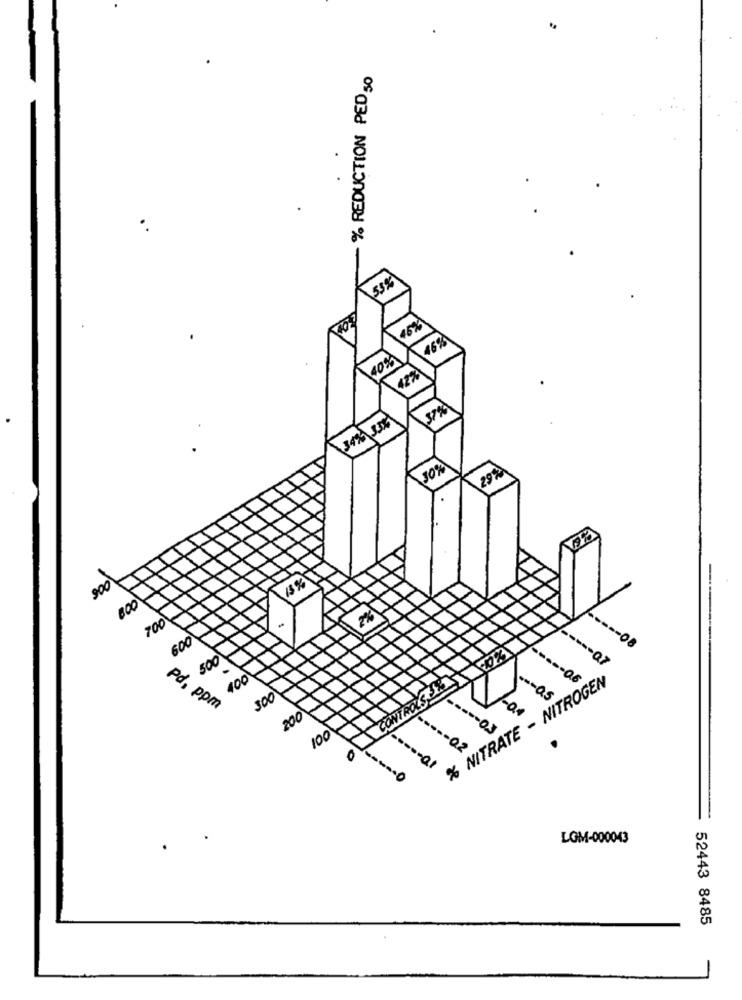
.
% REDUCTION PED 50
53%
46%
140%
37%
34% 33%
29%
900
000
200
600
500
100
% NITRATE - NITROGEN
100
as
200
100
LOM-000043
52443 8485